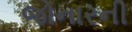
જોનારની